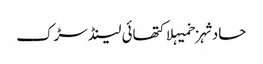
حادثہزخمیہلاکتھائی لینڈسڑک